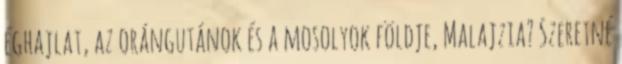
éghajlat, az orángutánok és a mosolyok földje, Malajzia? Szeretné